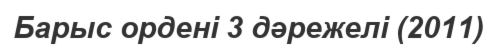
Барыс ордені 3 дәрежелі (2011)